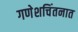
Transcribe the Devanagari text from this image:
गणेशचिंतनात